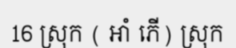
16 ស្រុក ( អាំ ភើ) ស្រុក